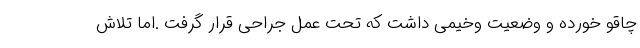
چاقو خورده و وضعیت وخیمی داشت که تحت عمل جراحی قرار گرفت .اما تلاش